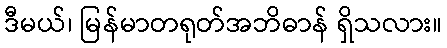
ဒီမယ်၊ မြန်မာတရုတ်အဘိဓာန် ရှိသလား။